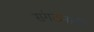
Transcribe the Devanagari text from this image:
संगठनाएँ